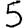
Digit: 5